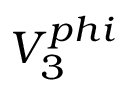
V _ { 3 } ^ { p h i }